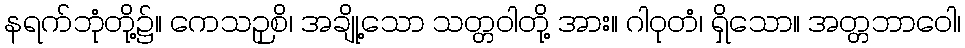
နရက်ဘုံတို့၌။ ကေသဉှစိ၊ အချို့သော သတ္တဝါတို့ အား။ ဂါဝုတံ၊ ရှိသော။ အတ္တဘာဝေါ၊